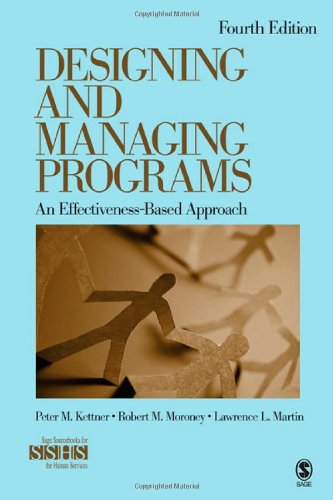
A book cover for Designing and Managing Programs: An Effectiveness-Based Approach (SAGE Sourcebooks for the Human Services); Peter M. Kettner; Politics & Social Sciences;